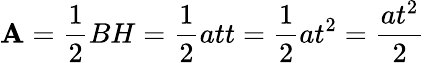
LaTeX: \mathbf{A}={\frac{{1}}{{2}}}BH={\frac{{1}}{{2}}}att={\frac{{1}}{{2}}}at^{2}={\frac{{at^{2}}}{{2}}}